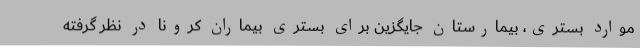
موارد بستری، بیمارستان جایگزین برای بستری بیماران کرونا در نظر گرفته